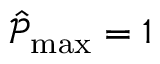
\hat { \mathcal { P } } _ { \operatorname* { m a x } } = 1